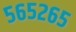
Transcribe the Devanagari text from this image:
५६५२६५